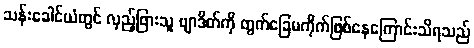
သန်းခေါင်ယံတွင် လှည့်ဖြားသူ ဗျာဒိတ်ကို တွက်ခြေမကိုက်ဖြစ်နေကြောင်းသိရသည်